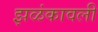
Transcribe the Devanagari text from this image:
झळंकावली